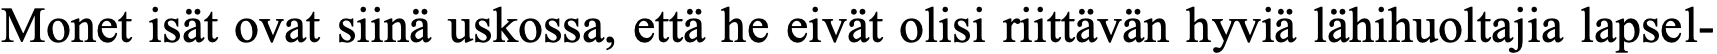
Monet isät ovat siinä uskossa, että he eivät olisi riittävän hyviä lähihuoltajia lapsel-